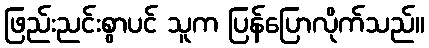
ဖြည်းညင်းစွာပင် သူက ပြန်ပြောလိုက်သည်။